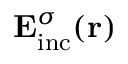
{ \bf E } _ { \mathrm { { i n c } } } ^ { \sigma } ( { \bf r } )